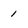
Character: 1